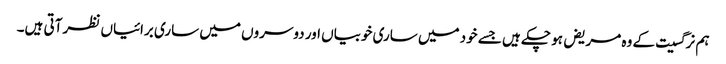
ہم نرگسیت کے وہ مریض ہو چکے ہیں جسے خود میں ساری خوبیاں اور دوسروں میں ساری برائیاں نظر آتی ہیں۔